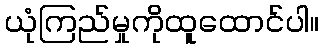
ယုံကြည်မှုကိုထူထောင်ပါ။